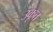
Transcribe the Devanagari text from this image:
उकृत